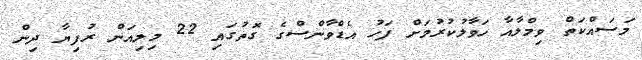
މަސައްކަތް ވިމްލާއާ ހަވާލުކުރުމަށް ފަހު އެޑްވާންސްގެ ގޮތުގައި 22 މިލިއަން ރުފިޔާ ދިން